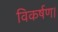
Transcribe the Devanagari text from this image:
विकर्षण।